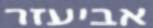
אביעזר